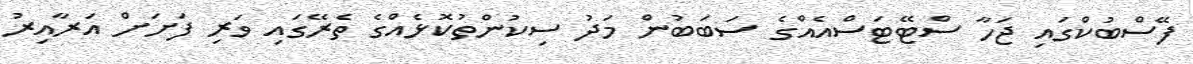
ފޭސްބުކްގައި ޖަހާ ސްޓޭޓަސްއެއްގެ ސަބަބުން މަދު ސިކުންތުކޮޅެއްގެ ތެރޭގައި ވަރި ފަށަށް އަރާއިރު